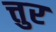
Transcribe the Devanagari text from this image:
त्तुर